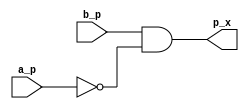
module Celda_inicial_d_i (

    input a_p, //entrada A
    input b_p, //entrada B
    output p_x // salida, resultado de la logica combinacional del modulo
);

  wire C1; //conecta la salida de not N1 a una de las entrada de and A1

    // Negar A
    not N1 (C1, a_p);

    //  ~A & B
    and A1 (p_x, b_p, C1);

endmodule